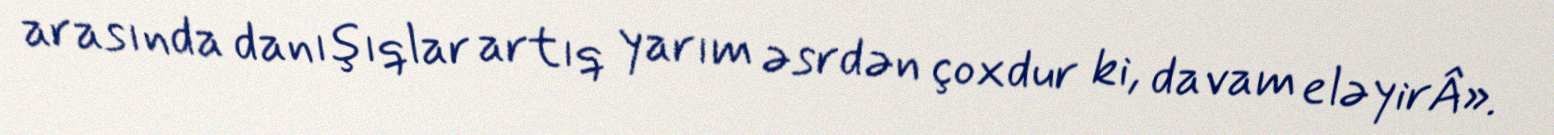
arasında danışıqlar artıq yarım əsrdən çoxdur ki, davam eləyirÂ».